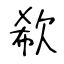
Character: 欷